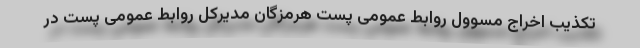
تکذیب اخراج مسوول روابط عمومی پست هرمزگان مدیرکل روابط عمومی پست در